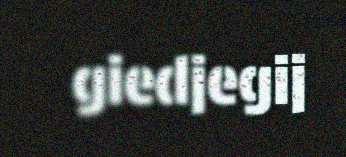
giedjegij